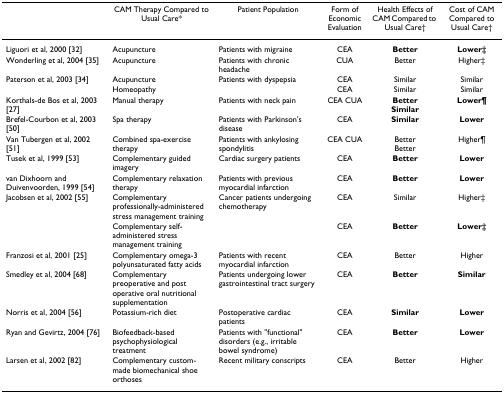
|  | CAM Therapy Compared to Usual Care* | Patient Population | Form of Economic Evaluation | Health Effects of CAM Compared to Usual Care† | Cost of CAM Compared to Usual Care† |
 | --- | --- | --- | --- | --- | --- |
 | Liguori et al, 2000 [32] | Acupuncture | Patients with migraine | CEA | Better | Lower‡ |
 | Wonderling et al, 2004 [35] | Acupuncture | Patients with chronic headache | CUA | Better | Higher‡ |
 | Paterson et al, 2003 [34] | Acupuncture | Patients with dyspepsia | CEA | Similar | Similar |
 |  | Homeopathy |  | CEA | Similar | Similar |
 | Korthals-de Bos et al, 2003 [27] | Manual therapy | Patients with neck pain | CEA CUA | BetterSimilar | Lower¶ |
 | Brefel-Courbon et al, 2003 [50] | Spa therapy | Patients with Parkinson's disease | CEA | Similar | Lower |
 | Van Tubergen et al, 2002 [51] | Combined spa-exercise therapy | Patients with ankylosing spondylitis | CEA CUA | BetterBetter | Higher¶ |
 | Tusek et al, 1999 [53] | Complementary guided imagery | Cardiac surgery patients | CEA | Better | Lower |
 | van Dixhoorn and Duivenvoorden, 1999 [54] | Complementary relaxation therapy | Patients with previous myocardial infarction | CEA | Better | Lower |
 | Jacobsen et al, 2002 [55] | Complementary professionally-administered stress management training | Cancer patients undergoing chemotherapy | CEA | Similar | Higher‡ |
 |  | Complementary self-administered stress management training |  | CEA | Better | Lower‡ |
 | Franzosi et al, 2001 [25] | Complementary omega-3 polyunsaturated fatty acids | Patients with recent myocardial infarction | CEA | Better | Higher |
 | Smedley et al, 2004 [68] | Complementary preoperative and post operative oral nutritional supplementation | Patients undergoing lower gastrointestinal tract surgery | CEA | Better | Similar |
 | Norris et al, 2004 [56] | Potassium-rich diet | Postoperative cardiac patients | CEA | Similar | Lower |
 | Ryan and Gevirtz, 2004 [76] | Biofeedback-based psychophysiological treatment | Patients with "functional" disorders (e.g., irritable bowel syndrome) | CEA | Better | Lower |
 | Larsen et al, 2002 [82] | Complementary custom-made biomechanical shoe orthoses | Recent military conscripts | CEA | Better | Higher |